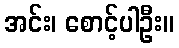
အင်း၊ စောင့်ပါဦး။